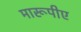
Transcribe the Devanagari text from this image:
मारूपीए